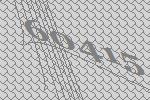
60415